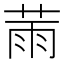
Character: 𦲸